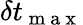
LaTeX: \delta t_{\mathrm{~m~a~x~}}